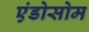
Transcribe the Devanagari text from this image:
एंडोसोम